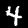
Digit: 4